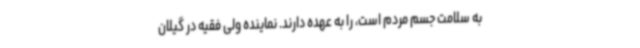
به سلامت جسم مردم است، را به عهده دارند. نماینده ولی فقیه در گیلان